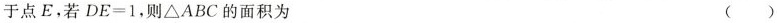
于点 E，若 $$D E = 1$$，则 ΔAB C的面积为 ( )